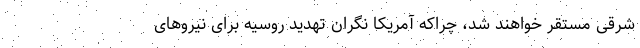
شرقی مستقر خواهند شد، چراکه آمریکا نگران تهدید روسیه برای نیروهای